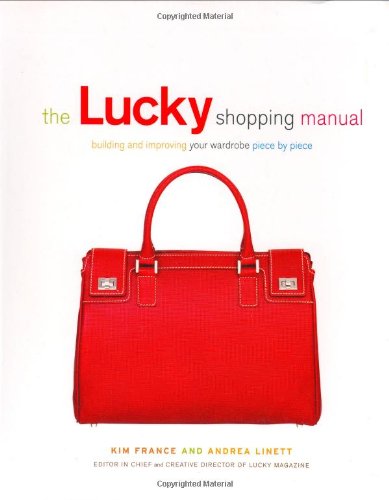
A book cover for The Lucky Shopping Manual: Building and Improving Your Wardrobe Piece by Piece; Andrea Linett; Reference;